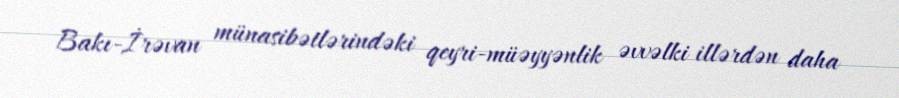
Bakı-İrəvan münasibətlərindəki qeyri-müəyyənlik əvvəlki illərdən daha